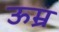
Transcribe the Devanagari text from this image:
ऊम्र